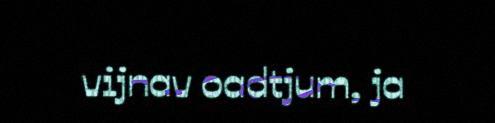
vijnav oadtjum, ja